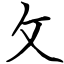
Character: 攵